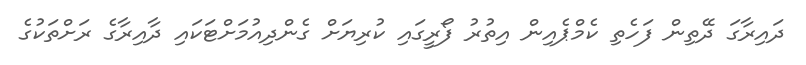
ދައިރާގަ ދޭތިން ފަހެތި ކެމްޕެއިން އިތުރު ފޯރީގައި ކުރިޔަށް ގެންދިއުމަށްޓަކައި ދާއިރާގެ ރަށްތަކުގެ